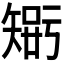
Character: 𥏴